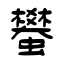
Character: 蠜